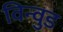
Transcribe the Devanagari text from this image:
विन्वुड